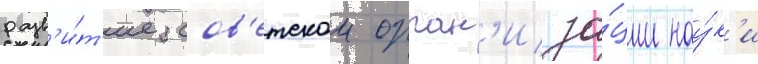
разв'и́т'ие сов'етскои орган'иза́ции нау́к'и